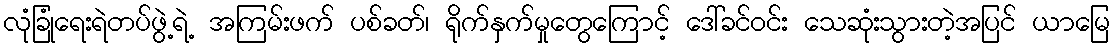
လုံခြုံရေးရဲတပ်ဖွဲ့ရဲ့ အကြမ်းဖက် ပစ်ခတ်၊ ရိုက်နှက်မှုတွေကြောင့် ဒေါ်ခင်ဝင်း သေဆုံးသွားတဲ့အပြင် ယာမြေ